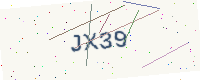
Text: JX39